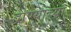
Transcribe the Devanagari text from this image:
दाण्यांच्या